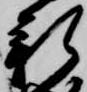
新